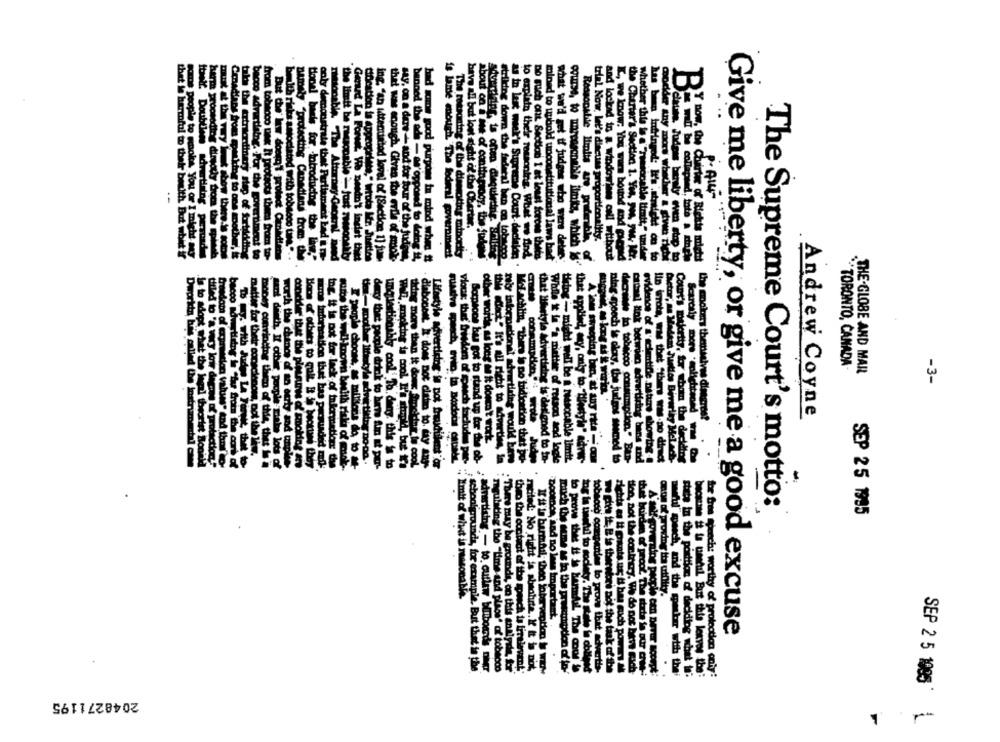
only demonst
have all but lout sieht @20%
tonel basis for, introducing the
trial Now let's discuss proportionality."
harm proceeding dingody from the spine
becco advertising. For the govertiment to
bywith risks antociated with tobacco to ...
The reisdning of the discoting minority
modder any mors wheder a siwe nich
thet le harmful to their bewith But whit if
ame people to smoke, You or I might my
Canadians from spanking to one another, it
from tobacco tax It protect them from to-
But Che' low doesn't protect ConMilen
wonstratą that Parliament bad i. -
Gerard La Forwc. We needn't indat theet
diocation is appropriate," trota Mr. Juicios
ing. "an itemintod lovel of [Section 1] jum-
that was enough. Given the erlle of midt
say, on a dare + and for four of the judite
benned the ads - as opposed to doing it,
is lame enough. The federal government
About on i ies of contin pinoy, the fuders
as in last week's Supreme Court- dachelde
to explain their messoning. What we find
Do such ont Section 1 at least forces thets
mined to wybold unconstitutional laws bad
what we'd get if judges who were detmes
of
and locked in a windowinns call without
L, we know. You wars bound and prend
namely "protecting Canadians from the
"the limit be rausopable > just Towsonakty
bad wane good purpose in mind when #t
striking down the federal ben on tobacco
the Charter's Section 1. You, you. your Mer.
Whether this is a' "ramidoable limit." under
has been tutyingod: It's sindeld on to
.Is to adopt whe
catal lok betwie
TORONTO, CANADA-
THE-GLOBE AND MAIL
-3-
Scarcaly more het !!
the modkes themselves discreet
Andrew Coyne
other words, as long as it don't work.
matter for their concienone, not the lie.
Someone bis got to stand up for the ob-
that Ithstyle Advertising is designed to In-
Hiring - might well be a reasonable limit.
"Tostyle" adres-
deczanie to tobacco consumption." Ban-
ocupao advartiring bins and
evidence of a'scientific niture showing-@
Iln Wrote, was thet Sthere was no dinnet
Cout's mujertty, for whom the deciding
titled to 'a very low decine of protection."
freedom of expression values" and thai to-
money convincing thien of the, thet in a
tant death, Il other people male lots of
worth the chance of an esrty and unplee.
conckler that ttie pleununes of smoking en
auce Information that has pacguadad mod
Ing. it is not for lack of inkermietlogr the
I prople choont, as millete do to Me-
deyy that people trick to her Am it por-
unete tianahly cool' Th. dway, this is to
thing more than it dows Smneidhart le cool.
diabocost. It does not claim to day ang-
this act" It's all right to advertise, in
dHondt advertising would bawe
Mol.achtin, There is no bidication thet po-
While it is "a matter of retaod and logie
speech is elety, the judges somed to
Lifestyle advertising is pot fraudulent"or
vlous; thet' friedem of wach sochudu per-
The Supreme Court's motto:
SEP 25 1995
sichts as it puts af H
the burden of proof Th
limit of what is reasonable.
oog of proving tta utQity
Dodano%, and no less Important.
hooo companies to prove that
Give me liberty, or give me a good excuse
: There may be grounds, on this andigele
.
schoolgrounds, for example, But that in the
`myulating the "time and place" af tobeodo
much the sume as in the presumption of fo-
lety. The state fe obllend
dvartis-
tion, not the contrary. We do not have gach
. advertising - to. outlaw billboards Dier
theo the content of the speech to limalevent*
noted: No right is abeohrte. X it is not
to prove that it is harddl The cool le
La La undtil. But the leaves the:
time Weoch: worthy of protection only:
state in the porttion of deciding what 1:
SEP 2 5 1985
2048271195